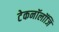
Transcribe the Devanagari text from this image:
टेकनॉलॉजि